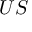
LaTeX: { \boldsymbol { U } } { \boldsymbol { S } }